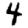
Digit: 4